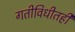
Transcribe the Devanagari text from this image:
गतीविधीतही